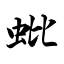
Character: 蚍